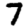
Digit: 7